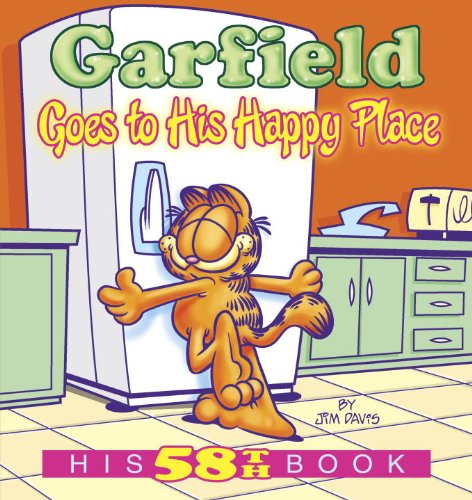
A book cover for Garfield Goes to His Happy Place: His 58th Book; Jim Davis; Humor & Entertainment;